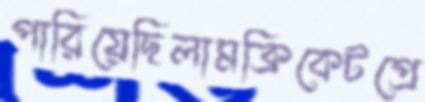
পারিয়েছিলামক্রিকেটপ্রে